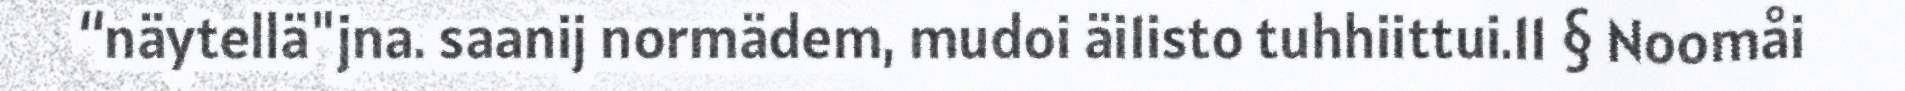
“näytellä"jna. saanij normädem, mudoi äi1isto tuhhiittui.11 § Noomåi